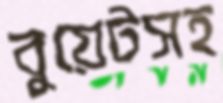
বুয়েটসহ